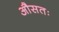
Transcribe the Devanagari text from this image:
औसतः